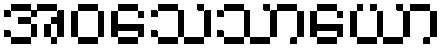
အဝသေသာယော